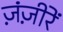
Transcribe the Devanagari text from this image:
ज़ंज़ीरें